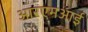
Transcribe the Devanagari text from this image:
आरएमआई